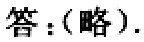
答：(略).